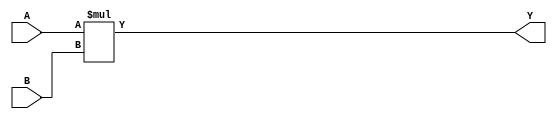
//-----------------------------
// 8-bit multiplier
//-----------------------------
module mult_8(
  input [0:7] A,
  input [0:7] B,
  output [0:15] Y
);
parameter MODE = 1'b1;

assign Y = A * B;

endmodule

//-----------------------------
// 16-bit multiplier
//-----------------------------
module mult_16(
  input [0:15] A,
  input [0:15] B,
  output [0:31] Y
);
parameter MODE = 1'b0;

assign Y = A * B;

endmodule